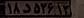
۱۸د۵۲۶۱۳